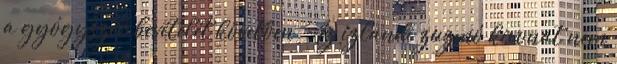
a gyógyszer bevételét követően. Az izlandi zuzmó kivonat nem